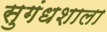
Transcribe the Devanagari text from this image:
सुगंधशाला